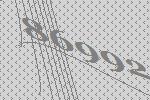
86992